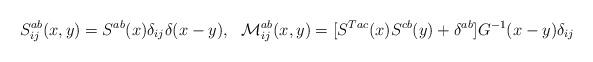
LaTeX: \begin{align*}S^{ab}_{ij}(x,y)=S^{ab}(x)\delta_{ij}\delta(x-y), \ \ {\cal M}^{ab}_{ij}(x,y)=[S^{Tac}(x)S^{cb}(y)+\delta^{ab}]G^{-1}(x-y)\delta_{ij}\end{align*}